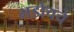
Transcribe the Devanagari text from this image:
भडोचचे